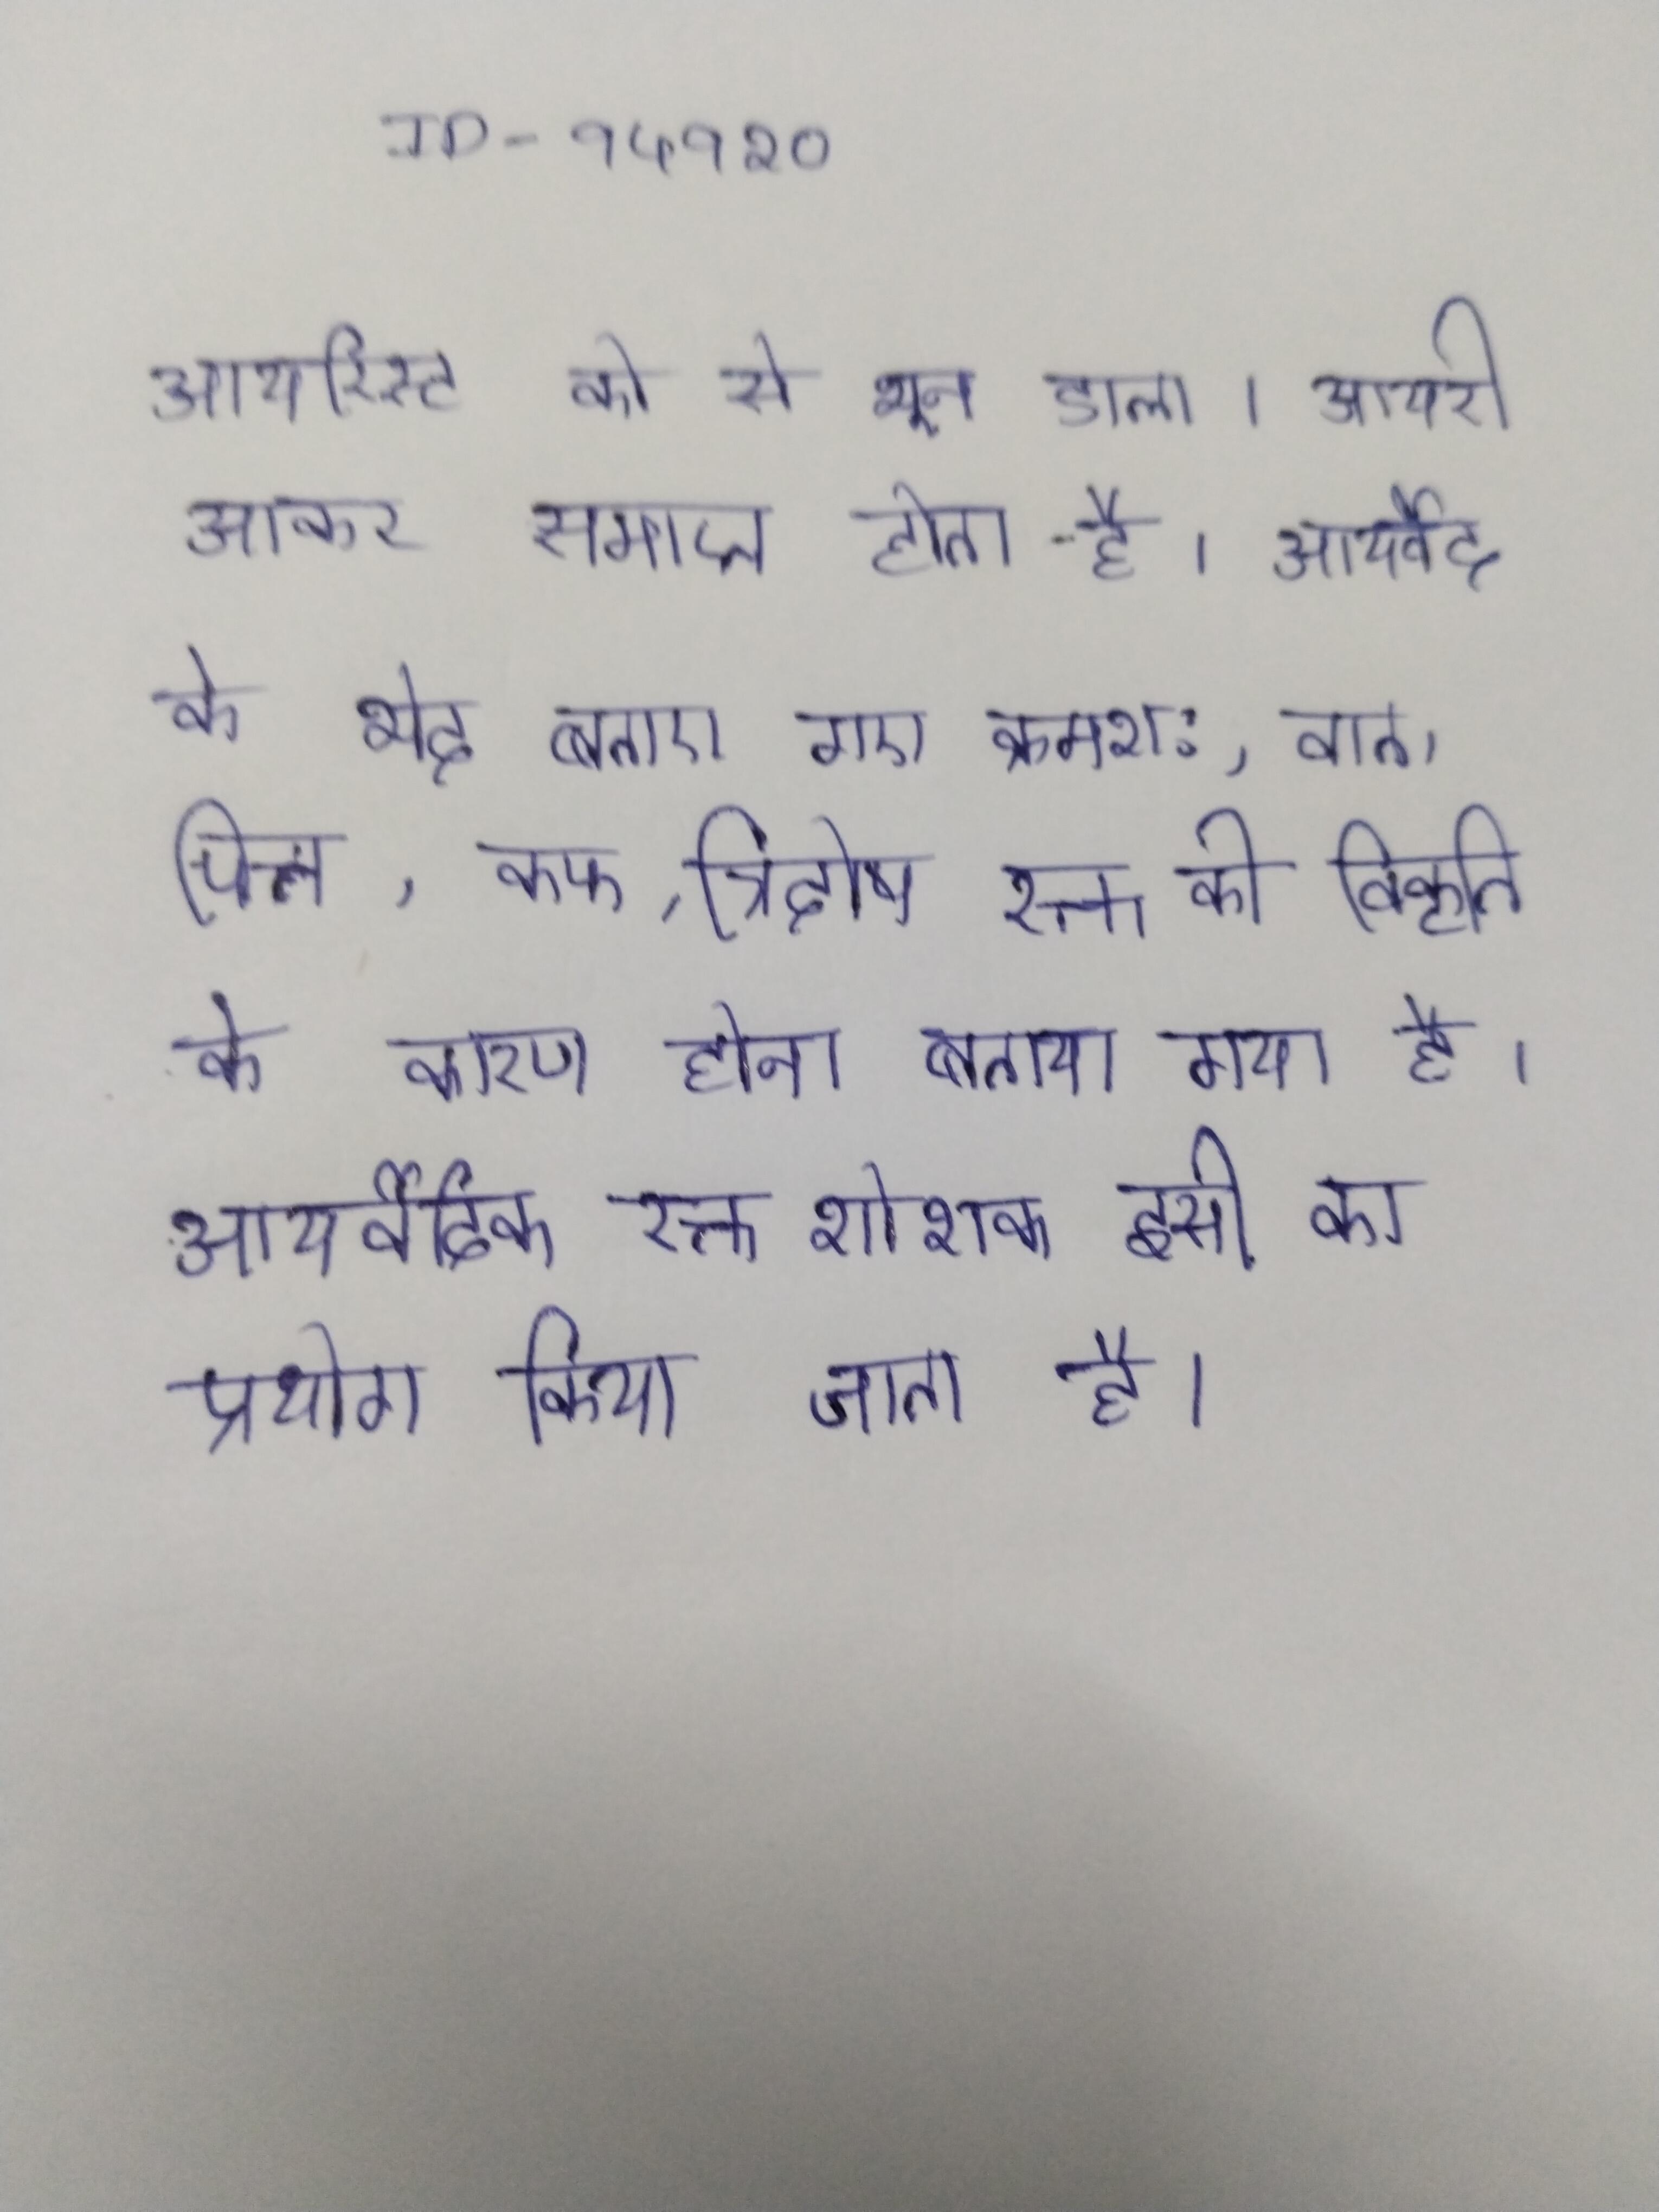
आयरिस्ट को से भून डाला । आयरी अपने ही ऊपर आकर समाप्त होता है । आयर्वेद के भेद बताए गए क्रमश:, वात, पित्त, कफ, त्रिदोष रक्त की विकृति के कारण होना बताया गया है । आयर्वैदिक रक्तशोशक इसी का प्रयोग किया जाता है ।